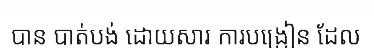
បាន បាត់បង់ ដោយសារ ការបង្រៀន ដែល